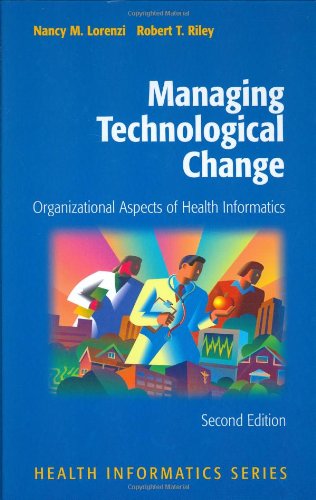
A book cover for Managing Technological Change: Organizational Aspects of Health Informatics; Nancy M. Lorenzi; Medical Books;